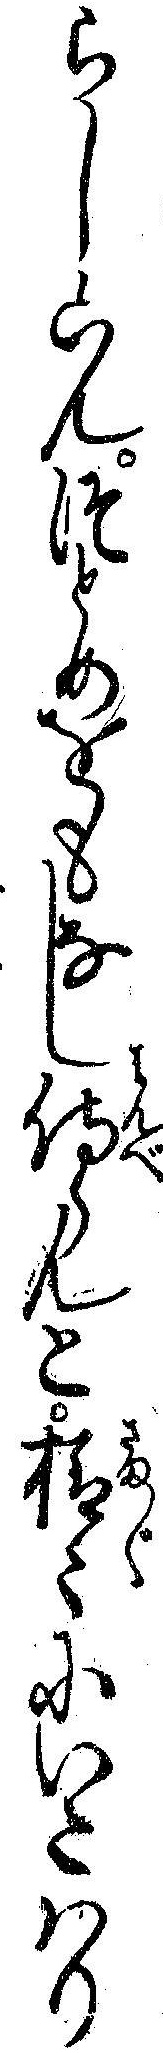
らし候ハんつとめをもなし侍らんと様々にいたハり